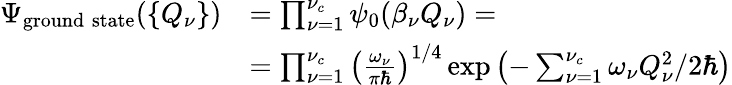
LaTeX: \begin{array}{rl}{\Psi_{\mathrm{ground\; state}}(\{ Q_{\nu}\} )}&{=\prod_{\nu=1}^{\nu_{c}}\psi_{0}(\beta_{\nu}Q_{\nu})=}\\ &{=\prod_{\nu=1}^{\nu_{c}}\left(\frac{\omega_{\nu}}{\pi\hbar}\right)^{1/4}\exp\left(-\sum_{\nu=1}^{\nu_{c}}\omega_{\nu}Q_{\nu}^{2}/2\hbar\right)}\end{array}